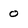
Character: 0